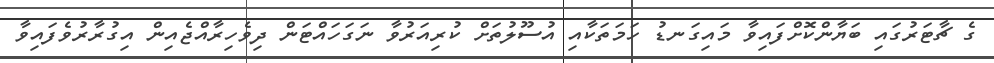
ގެ ޗާޓަރުގައި ބަޔާންކޮށްފައިވާ މައިގަނޑު ހަމަތަކާއި އުސޫލުތަށް ކުރިއަރުވާ ނަގަހައްޓަން ދިވެހިރާއްޖެއިން އިގުރާރުވެފައިވާ